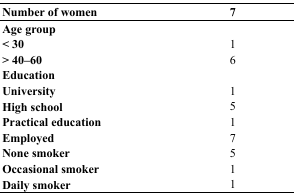
<table><thead><tr><td><b>Number of women</b></td><td><b>7</b></td></tr></thead><tbody><tr><td><b>Age group</b></td><td></td></tr><tr><td><b>&lt; 30</b></td><td>1</td></tr><tr><td><b>&gt; 40–60</b></td><td>6</td></tr><tr><td><b>Education</b></td><td></td></tr><tr><td><b>University</b></td><td>1</td></tr><tr><td><b>High school</b></td><td>5</td></tr><tr><td><b>Practical education</b></td><td>1</td></tr><tr><td><b>Employed</b></td><td>7</td></tr><tr><td><b>None smoker</b></td><td>5</td></tr><tr><td><b>Occasional smoker</b></td><td>1</td></tr><tr><td><b>Daily smoker</b></td><td>1</td></tr></tbody></table>